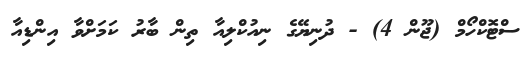
ސްޓޮކްހޯމް (ޖޫން 4) - ދުނިޔޭގެ ނިއުކްލިއާ ތިން ބާރު ކަމަށްވާ އިންޑިއާ